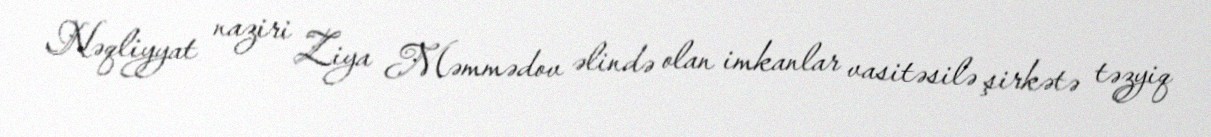
Nəqliyyat naziri Ziya Məmmədov əlində olan imkanlar vasitəsilə şirkətə təzyiq